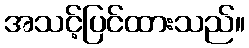
အသင့်ပြင်ထားသည်။